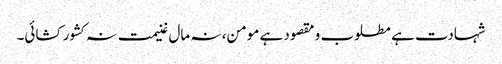
شہادت ہے مطلوب و مقصود ہے مومن، نہ مال غنیمت نہ کشور کشائی۔